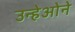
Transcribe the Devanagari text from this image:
उन्हेओने